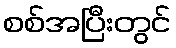
စစ်အပြီးတွင်